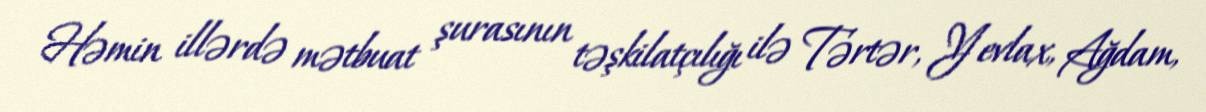
Həmin illərdə mətbuat şurasının təşkilatçılığı ilə Tərtər, Yevlax, Ağdam,